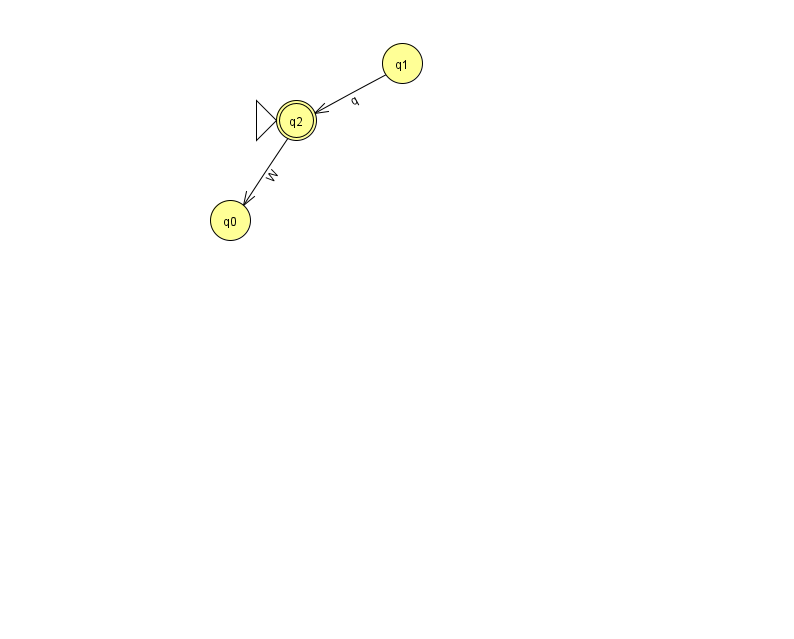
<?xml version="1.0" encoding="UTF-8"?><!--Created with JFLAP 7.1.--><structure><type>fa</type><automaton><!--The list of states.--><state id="0" name="q0"><x>230.0</x><y>207.0</y></state><state id="1" name="q1"><x>402.0</x><y>50.0</y></state><state id="2" name="q2"><x>296.0</x><y>107.0</y><initial/><final/></state><!--The list of transitions.--><transition><from>2</from><to>0</to><read>W</read></transition><transition><from>1</from><to>2</to><read>q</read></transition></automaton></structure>